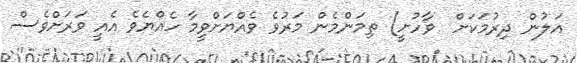
އަލުން ދިރުމަކަށް  ވާހުށީ) ތިމަންމެން މަރުވެ ވެއްޔަށްވީމާ ހެއްޔެވެ އެއީ ވަރަށްވެސް